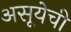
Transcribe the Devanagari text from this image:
असूयेची